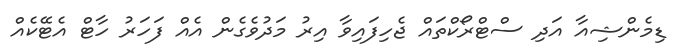
ޑިމެންޝިއާ އަދި ސްޓްރޯކްތައް ޖެހިފައިވާ އިރު މަދުވެގެން އެއް ފަހަރު ހާޓް އެޓޭކެއް